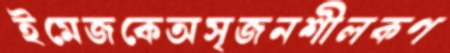
ইমেজকেঅসৃজনশীলকণ